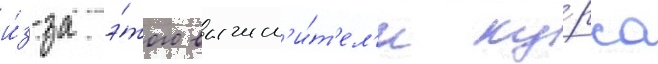
и́з-за э́того вычисл'и́т'ел'и ку́рса